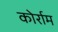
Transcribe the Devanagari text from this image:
कोर्राम